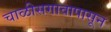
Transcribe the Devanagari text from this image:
चाळीसगावापासून